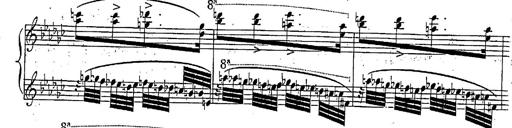
Title: Marche et Cavatine de Lucie de Lammermoor, S.398
Composer: Franz Liszt